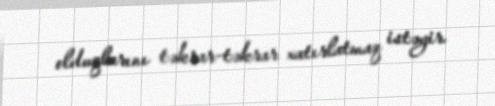
olduqlarını təkrar-təkrar xatırlatmaq istəyir.